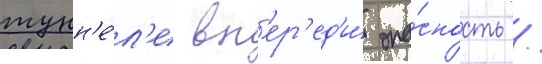
тунн'е́л'е вп'ер'ед'и́ опа́сность /